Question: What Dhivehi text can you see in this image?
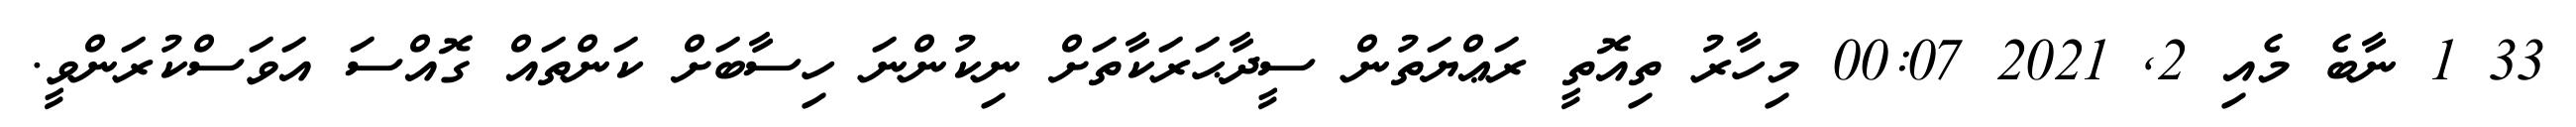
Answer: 33 1 ނާބެ މެއި 2, 2021 00:07 މިހާރު ތިއޮތީ ރަޢްޔަތުން ސީދާޙަރަކާތަށް ނިކުންނަ ހިސާބަށް ކަންތައް ގޮއްސަ އަވަސްކުރަންވީ.